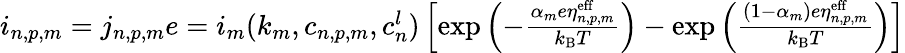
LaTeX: \begin{array}{r}{i_{n,p,m}=j_{n,p,m}e=i_{m}(k_{m},c_{n,p,m},c_{n}^{l})\left[\mathrm{exp}\left(-\frac{\alpha_{m}e\eta_{n,p,m}^{\mathrm{eff}}}{k_{\mathrm{B}}T}\right)-\mathrm{exp}\left(\frac{(1-\alpha_{m})e\eta_{n,p,m}^{\mathrm{eff}}}{k_{\mathrm{B}}T}\right)\right]}\end{array}